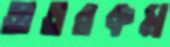
অতরকম